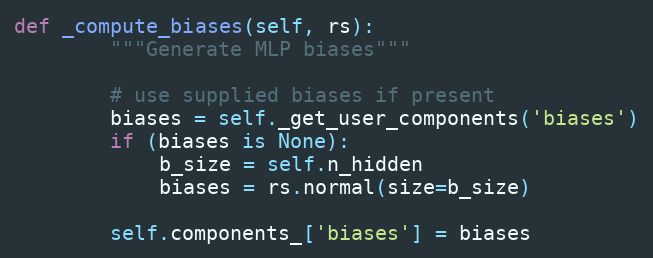
Language: Python
def _compute_biases(self, rs):
        """Generate MLP biases"""

        # use supplied biases if present
        biases = self._get_user_components('biases')
        if (biases is None):
            b_size = self.n_hidden
            biases = rs.normal(size=b_size)

        self.components_['biases'] = biases